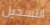
التسجيل